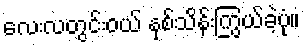
လေးလတွင်းဝယ် နှစ်သိန်းကြွယ်ခဲ့ပုံ။